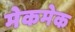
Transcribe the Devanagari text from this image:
मेकमेक